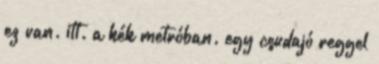
ez van. itt. a kék metróban. egy csudajó reggel